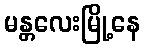
မန္တလေးမြို့နေ